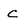
Character: C